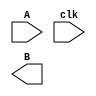
////////////////////////////////////////////////////////////////////////////////
//
//       This confidential and proprietary software may be used only
//     as authorized by a licensing agreement from Synopsys Inc.
//     In the event of publication, the following notice is applicable:
//
//                    (C) COPYRIGHT 1992 - 2016 SYNOPSYS INC.
//                           ALL RIGHTS RESERVED
//
//       The entire notice above must be reproduced on all authorized
//     copies.
//
//
// VERSION:   Simulation Architecture
//
// DesignWare_version: bf6a5a59
// DesignWare_release: K-2015.06-DWBB_201506.5.2
//
////////////////////////////////////////////////////////////////////////////////
//-----------------------------------------------------------------------------------
//
// ABSTRACT:  Pipeline Register
//
//           VHDL - model of entity DW03_pip_reg
//           by converted to his VERILOG equivalent
//           GN Feb. 16th, 1996
//           changed DW03 to DW03
//           remove $generic
//           define parameter depth = 4
//           define parameter width = 8;
// 
//	     by Sitanshu Kumar 7th oct 96
//	     The model was completely wrong, instead of pipeline it was simulating 
//	     a delay element.
//
//	     SS April 16, `97
//	     Changed to non-blocking assignments
//	   
//	     Rong	Aug. 1999
//	     Add x-handling
//
//		RJK	May 17, 2000
//		Updated to latest coding style to avoid blocking vs.
//		nonblocking assignment problems (STAR 103980)
//-------------------------------------------------------------------------------


module DW03_pipe_reg (
		    A,		// input data bus
		    clk,	// clock input
		    B		// output data bus
		    );

parameter depth = 4;
parameter width = 8;

// port list declaration in order
input  [width-1 : 0]	A;
input			clk;
output [width-1 : 0]	B; 

// synopsys translate_off

reg    [width-1 : 0]	B_int; 
reg    [width-1 : 0]	reg_array[1:depth-1];
integer i;


    assign B = B_int;


    always @(A) begin : P_degenerate_case_out_PROC
	if (depth == 0)
	    B_int = A ;
    end // P_degenerate_case_out


    always @(posedge clk) begin : P_clk_registers_PROC
	
	if (depth > 0) begin

	    for (i=depth-1 ; i > 1 ; i=i-1) begin

		reg_array[i-1] <= reg_array[i];
	    end // for

	    if (depth == 1) begin
		B_int <= A | {width{1'b0}};
	    end else begin
		reg_array[depth-1] <= A | {width{1'b0}};
		B_int <= reg_array[1];
	    end // if-else
	end // if
    
    end // P_clk_registers


    
 
  initial begin : parameter_check
    integer param_err_flg;

    param_err_flg = 0;
    
	
    if (width < 1 ) begin
      param_err_flg = 1;
      $display(
	"ERROR: %m :\n  Invalid value (%d) for parameter width (lower bound: 1 )",
	width );
    end
	
    if (depth < 0 ) begin
      param_err_flg = 1;
      $display(
	"ERROR: %m :\n  Invalid value (%d) for parameter depth (lower bound: 0 )",
	depth );
    end
    
    if ( param_err_flg == 1) begin
      $display(
        "%m :\n  Simulation aborted due to invalid parameter value(s)");
      $finish;
    end

  end // parameter_check 



    
  always @ (clk) begin : P_monitor_clk 
    if ( (clk !== 1'b0) && (clk !== 1'b1) && ($time > 0) )
      $display( "WARNING: %m :\n  at time = %t, detected unknown value, %b, on clk input.",
                $time, clk );
    end // P_monitor_clk 

// synopsys translate_on

endmodule // DW03_pipe_reg